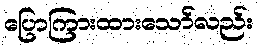
ပြောကြားထားသော်လည်း